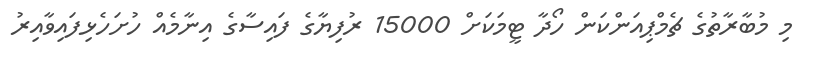
މި މުބާރާތުގެ ޗެމްޕިއަންކަން ހޯދާ ޓީމަކަށް 15000 ރުފިޔާގެ ފައިސާގެ އިނާމެއް ހުށަހެޅިފައިވާއިރު